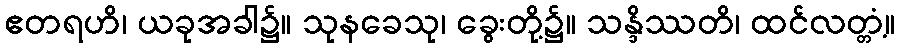
ဧတရဟိ၊ ယခုအခါ၌။ သုနခေသု၊ ခွေးတို့၌။ သန္ဒိဿတိ၊ ထင်လတ္တံ့။